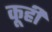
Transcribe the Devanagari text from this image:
कूही